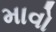
માવો